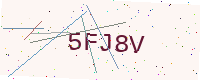
Text: 5FJ8V